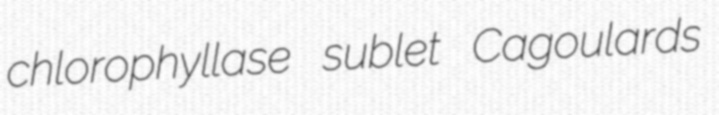
chlorophyllase sublet Cagoulards